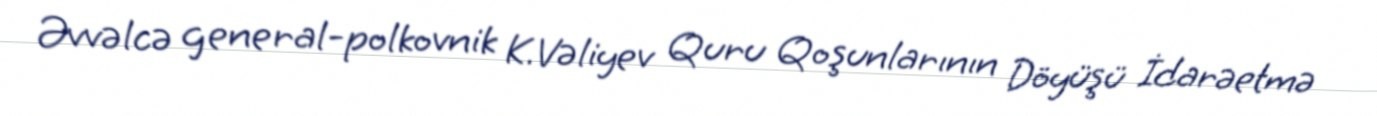
Əvvəlcə general-polkovnik K.Vəliyev Quru Qoşunlarının Döyüşü İdarəetmə